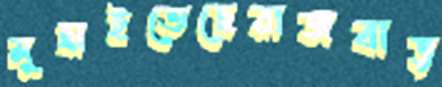
মুছাইতেছেরাজবাড়